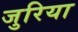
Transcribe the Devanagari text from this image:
जुरिया